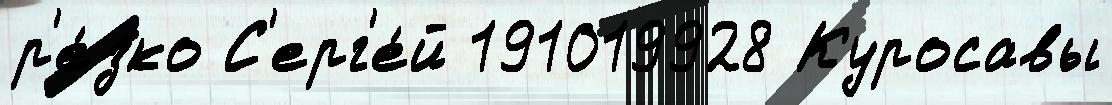
р'е́зко С'ерг'е́й 191019928 Куросавы